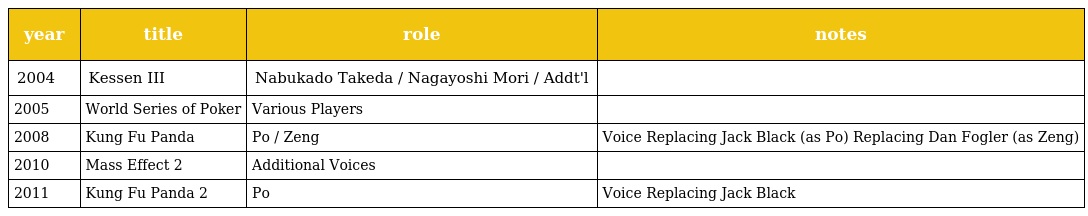
| year | title | role | notes |
 | --- | --- | --- | --- |
 | 2004 | Kessen III | Nabukado Takeda / Nagayoshi Mori / Addt'l |  |
 | 2005 | World Series of Poker | Various Players |  |
 | 2008 | Kung Fu Panda | Po / Zeng | Voice Replacing Jack Black (as Po) Replacing Dan Fogler (as Zeng) |
 | 2010 | Mass Effect 2 | Additional Voices |  |
 | 2011 | Kung Fu Panda 2 | Po | Voice Replacing Jack Black |